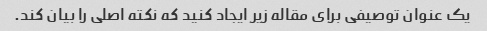
یک عنوان توصیفی برای مقاله زیر ایجاد کنید که نکته اصلی را بیان کند.